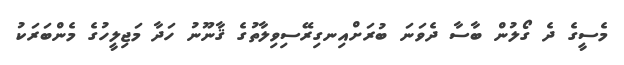
މެސީގެ ދެ ގޯލުން ބާސާ ދެވަނަ ބުރަށްއިނގިރޭސިވިލާތުގެ ޤާނޫނު ހަދާ މަޖިލީހުގެ މެންބަރަކު